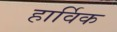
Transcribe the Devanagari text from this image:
हार्विक